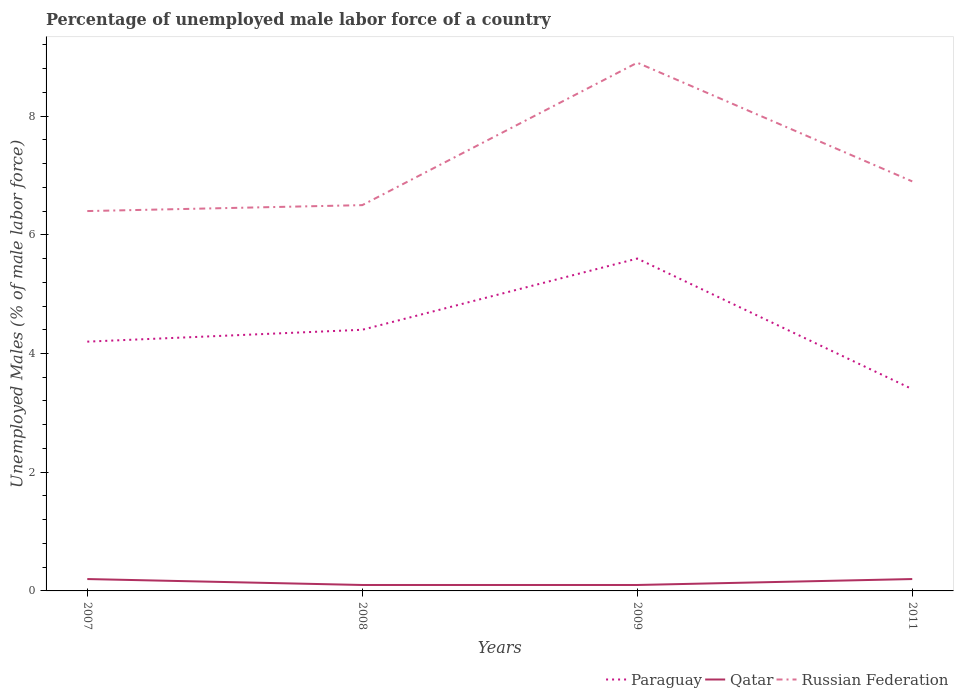
| Years | Paraguay | Qatar | Russian Federation |
 | --- | --- | --- | --- |
 | 2007 | 4.2 | 0.2 | 6.4 |
 | 2008 | 4.4 | 0.1 | 6.5 |
 | 2009 | 5.6 | 0.1 | 8.9 |
 | 2011 | 3.4 | 0.2 | 6.9 |